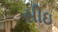
સીઇ